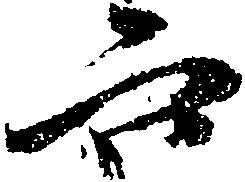
六